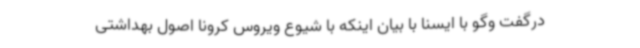
درگفت وگو با ایسنا با بیان اینکه با شیوع ویروس کرونا اصول بهداشتی